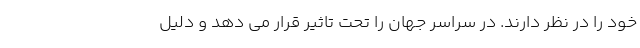
خود را در نظر دارند. در سراسر جهان را تحت تاثیر قرار می دهد و دلیل